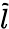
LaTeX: \tilde{l}